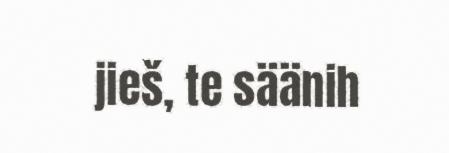
jieš, te säänih